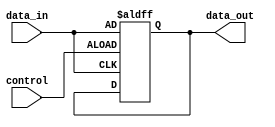
module bidirectional_buffer(
    input wire control,
    input wire data_in,
    output reg data_out
);

    always@(posedge control or posedge data_in)
    begin
        if(control)
            data_out <= data_in;
    end

endmodule